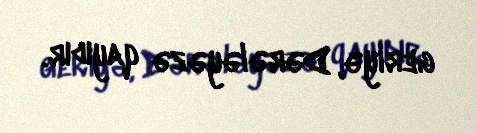
geriyə, Dərələyəzə qayıdır.